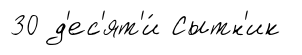
30 д'ес'ят'и́ Сытн'ик